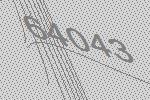
64043